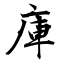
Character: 庫